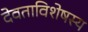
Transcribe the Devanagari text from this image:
देवताविशेषस्य